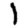
Digit: 1